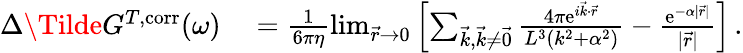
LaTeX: \begin{array}{rl}{\Delta\Tilde{G}^{T,\mathrm{corr}}(\omega)}&{{}=\frac{1}{6\pi\eta}\operatorname*{lim}_{\vec{r}\to 0}\left[\sum_{\vec{k},\vec{k}\neq\vec{0}}\frac{4\pi\mathrm{e}^{i\vec{k}\cdot\vec{r}}}{L^{3}(k^{2}+\alpha^{2})}-\frac{\mathrm{e}^{-\alpha\vert\vec{r}\vert}}{\vert\vec{r}\vert}\right]\, .}\end{array}